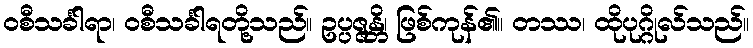
ဝစီသင်္ခါရာ၊ ဝစီသင်္ခါရတို့သည်။ ဥပ္ပဇ္ဇန္တိ၊ ဖြစ်ကုန်၏။ တဿ၊ ထိုပုဂ္ဂိုလ်သည်။